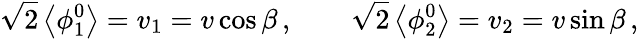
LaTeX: \sqrt 2\left<\phi_{1}^{0}\right>=v_{1}=v\cos\beta\, ,\qquad\sqrt 2\left<\phi_{2}^{0}\right>=v_{2}=v\sin\beta\, ,